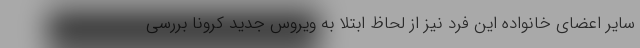
سایر اعضای خانواده این فرد نیز از لحاظ ابتلا به ویروس جدید کرونا بررسی